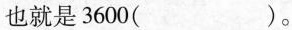
也就是3600( )。